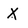
Character: X